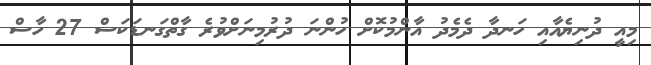
މިއީ ދުނިޔެއާއި ހަނދާ ދެމެދު އާންމުކޮށް ހުންނަ ދުރުމިނަށްވުރެ ގާތްގަނޑަކަސް 27 ހާސް